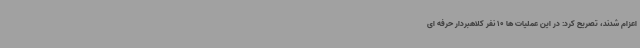
اعزام شدند، تصریح کرد: در این عملیات ها 10 نفر کلاهبردار حرفه ای